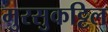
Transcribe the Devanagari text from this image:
मुरसुकट्टिल